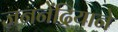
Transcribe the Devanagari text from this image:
जननेंद्रियाने